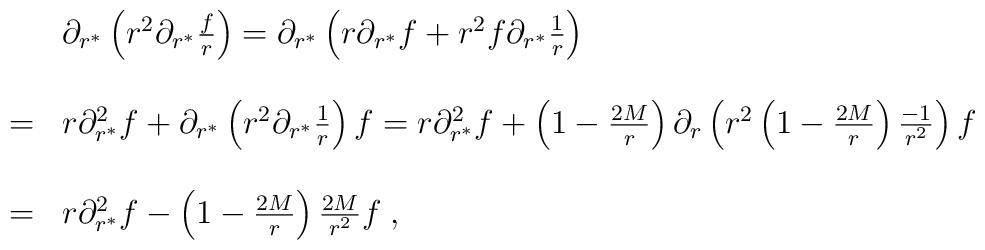
\begin{array}{ll}\ &\partial_{r^*}\left(r^2\partial_{r^*}{f\over r}\right)=\partial_{r^*}\left(r\partial_{r^*}f+r^2f\partial_{r^*}{1\over r}\right)\\\\=&r\partial_{r^*}^2 f+\partial_{r^*}\left(r^2\partial_{r^*}{1\over r}\right)f=r\partial_{r^*}^2 f+\left(1-{2M\over r}\right)\partial_r\left(r^2\left(1-{2M\over r}\right){{-1}\over r^2}\right)f\\\\=&r\partial_{r^*}^2 f-\left(1-{2M\over r}\right){2M\over r^2}f\;,\end{array}